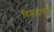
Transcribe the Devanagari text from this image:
विसळायची